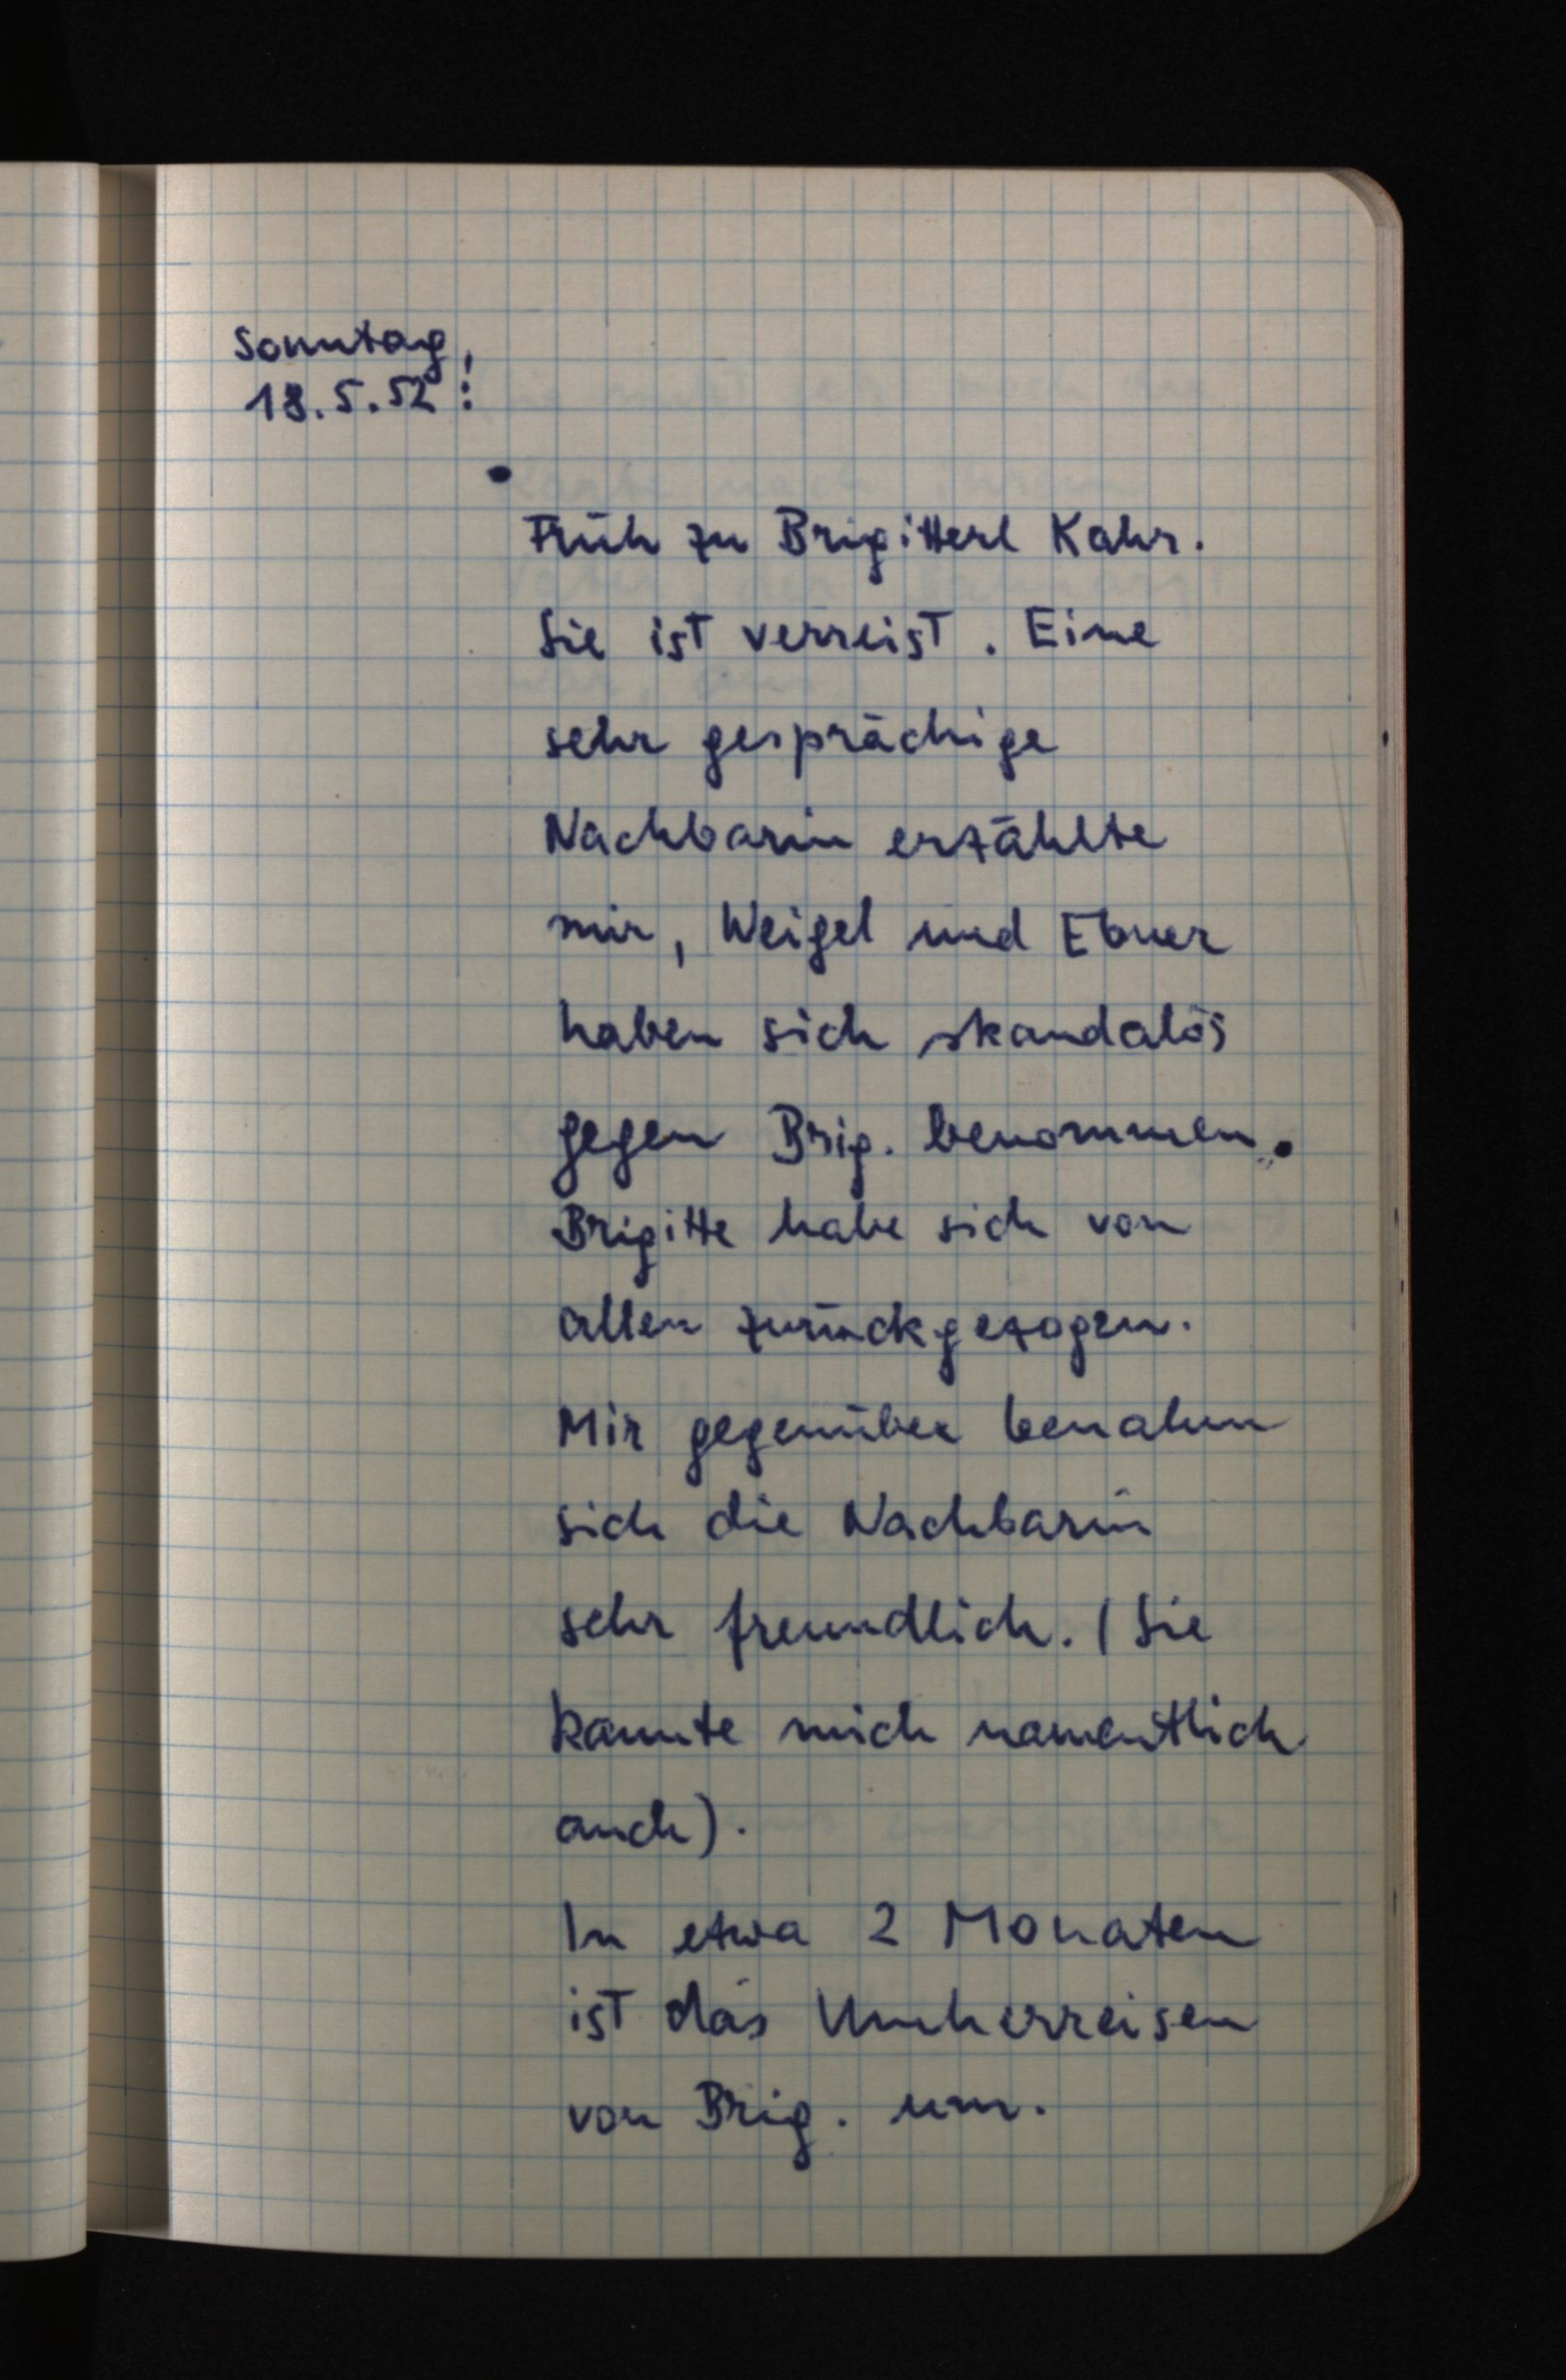
Sonntag,
18.5.52:
Früh zu Brigitterl Kahr.
Sie ist verreist. Eine
sehr gesprächige
Nachbarin erzählte
mir, Weigel und Ebner
haben sich skandalös
gegen Brig. benommen.
Brigitte habe sich von
allen zurückgezogen.
Mir gegenüber benahm
sich die Nachbarin
sehr freundlich. (Sie
kannte mich namentlich
auch).
In etwa 2 Monaten
ist das Umherrreisen
von Brig. um.